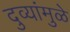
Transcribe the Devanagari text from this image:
दुव्यांमुळे